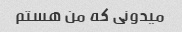
میدونی که من هستم